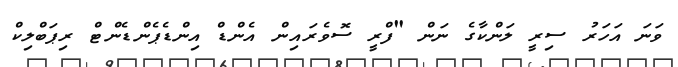
ވަނަ އަހަރު ސިރީ ލަންކާގެ ނަން "ފްރީ ސޮވެރައިން އެންޑް އިންޑެޕެންޑެންޓް ރިޕަބްލިކް